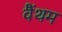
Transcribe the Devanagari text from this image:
वैंथम